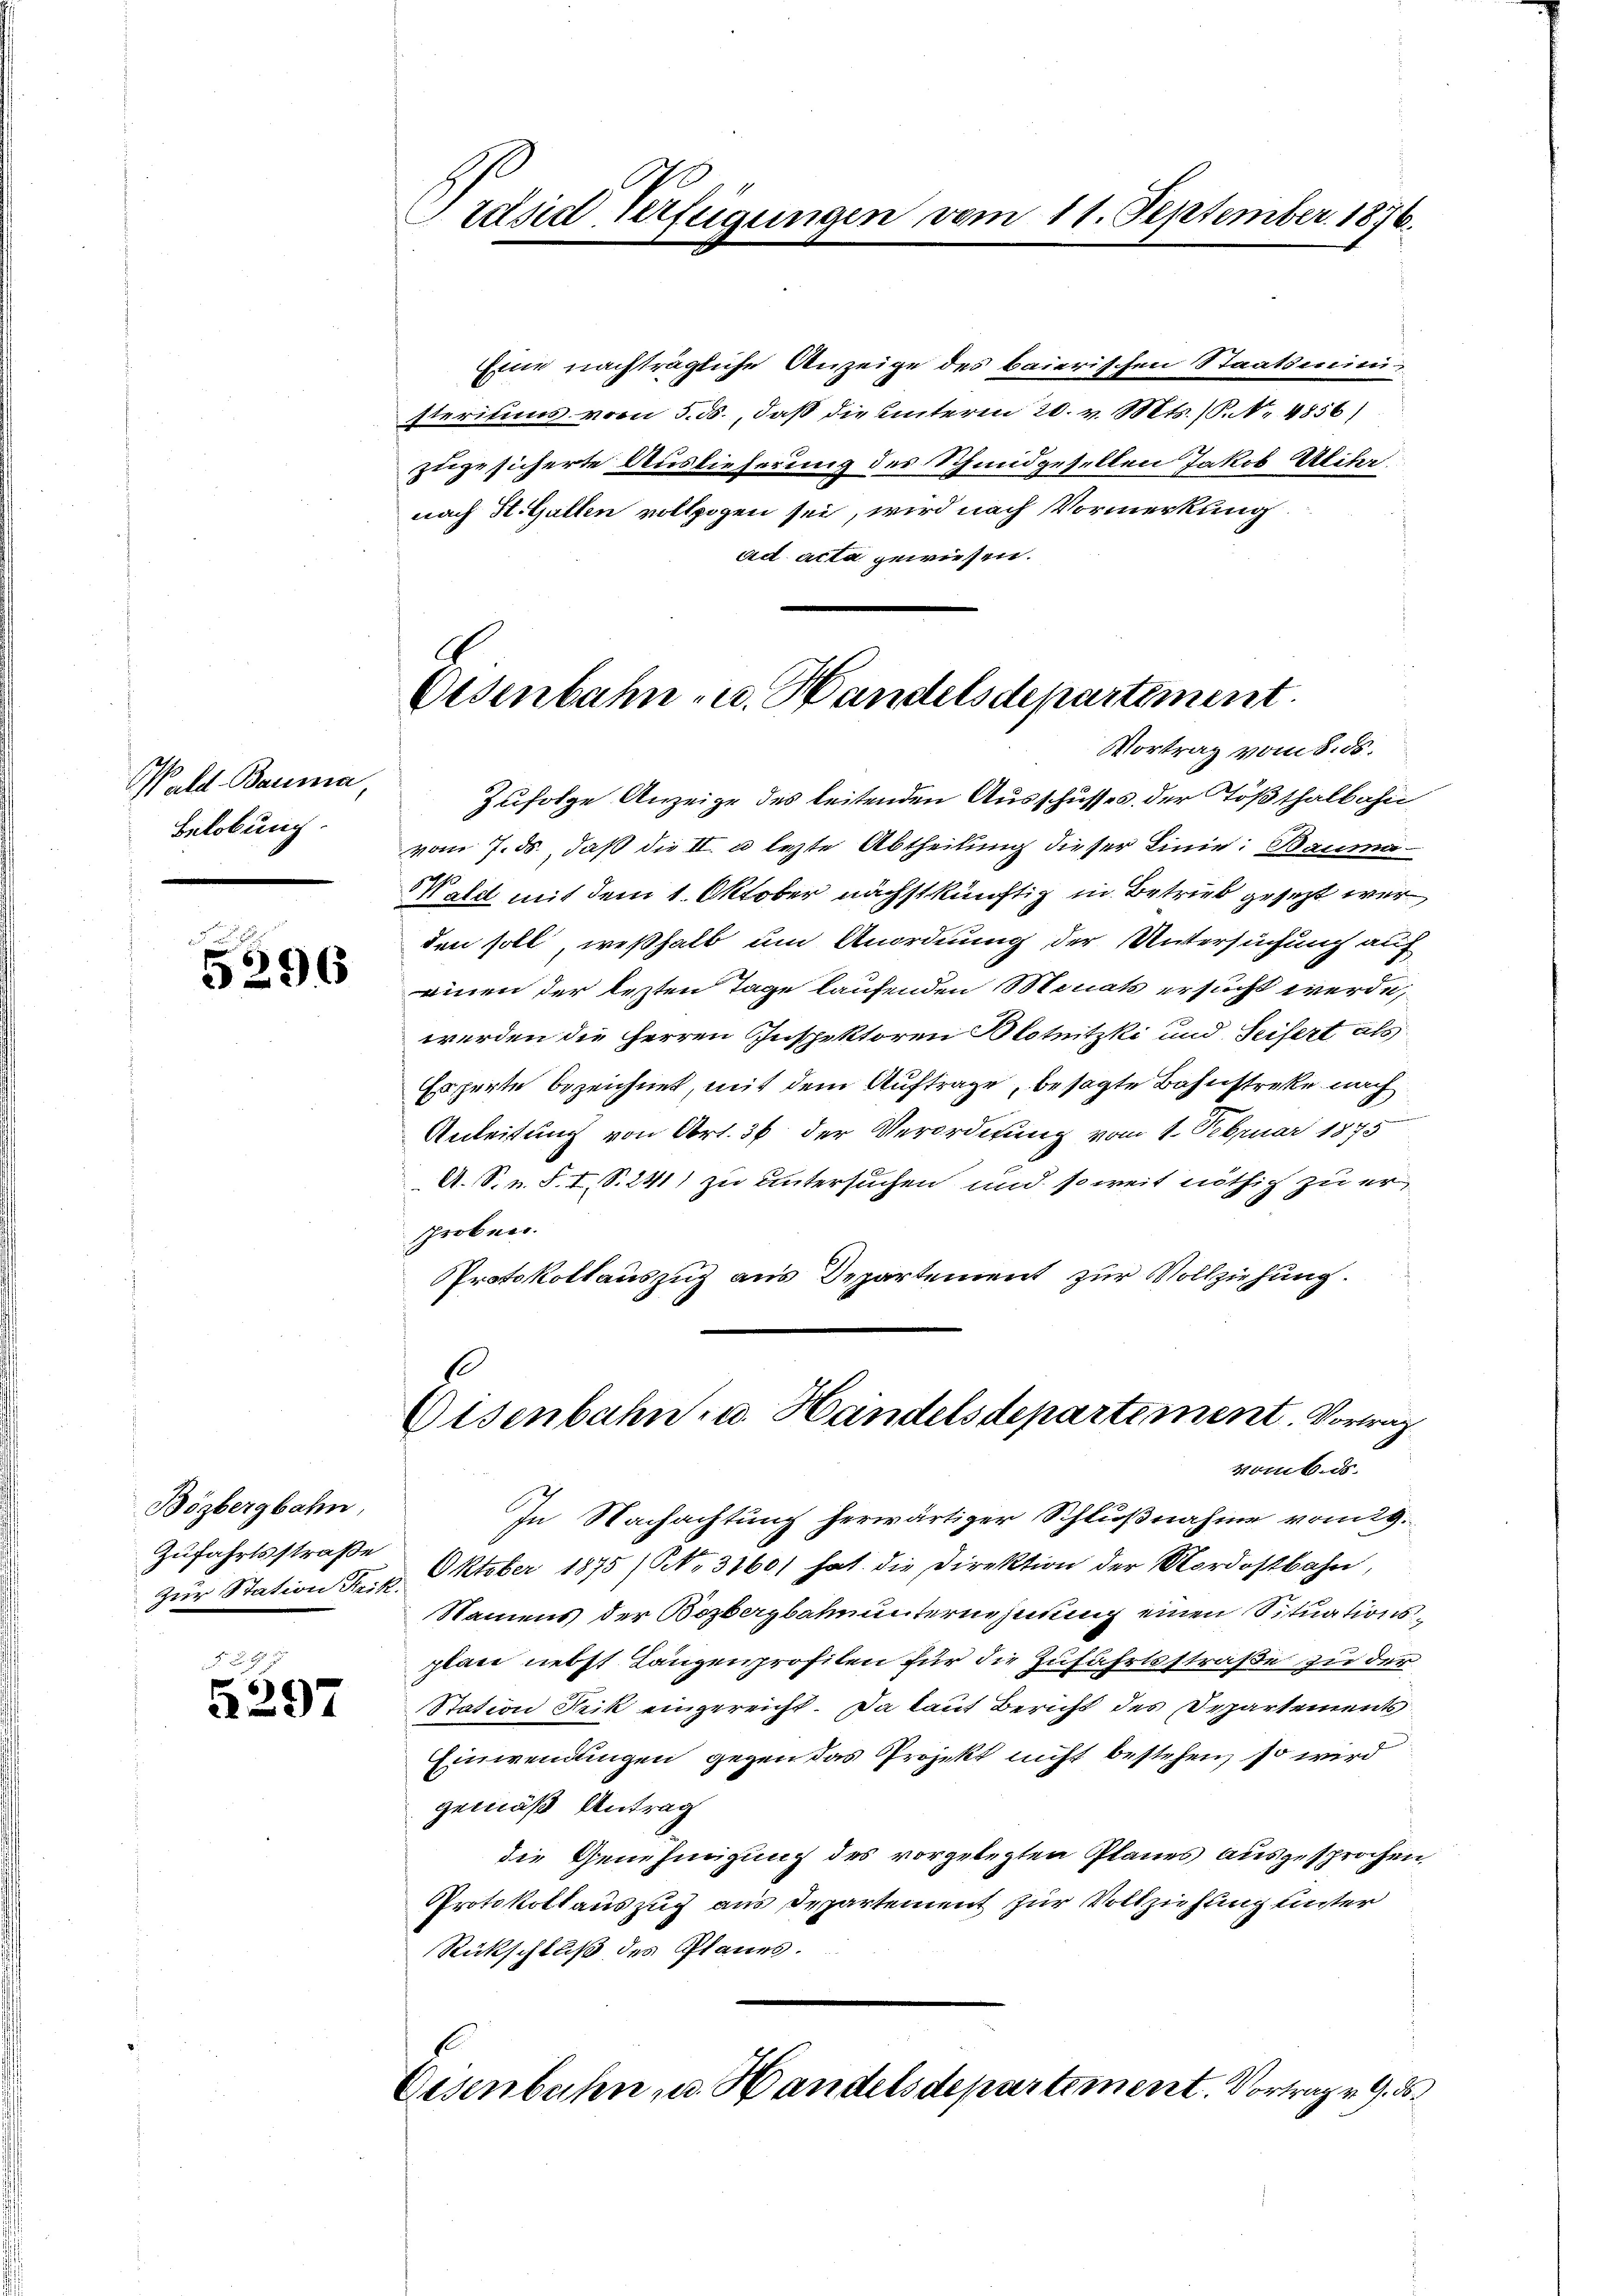
M ald Bauma,
Belobung.

3
5296

Bögbergbahn,
Zufahrtsstraße
Zur Station Strik.

F. B. G.
5297

Präsid Verfügungen vom 11. September 1876.

Eine nachträgliche Anzeige des baierischen Staatsministeritums vom 5. ds., daß die unteren 20. v. Mts. (P.N. 4856)
zugesicherte Auslieferung des Schmidgesellen Jakob Ulihr.
nach H. Gallen vollzogen sei, wird nach Vormerkung
ad acta gewiesen.

Osenbahn u. Handelsdepartement.
Vortrag vom 8. ds.

Zufolge Anzeige des leitenden Ausschusses der Tößthalbahn
vom 7. ds., daß die II. u. lezte Abtheilung dieser Linie: Bauma
Wald mit dem 1. Oktober nächstkünftig in Betrieb gesezt wer
den soll, weßhalb um Anordnung der Untersuchung auf
einen der lezten Tage laufenden Monats ersucht werde,
werden die Herren Inspektoren Blotnitzki und Seifert als
Esperte bezeichnet, mit dem Auftrage, besagte Bahnstreke nach
Anleitung von Art. 36 der Verordnung vom 1. Februar 1875
A. S. n. F. I, S. 241) zu untersuchen und soweit nöthig zu ersproben.
Protokollauszug aus Departement zur Vollziehung.
.

Eisenbahn- u. Handelsdepartement. Vortrag
vomb.ds.

In Nachachtung herwärtiger Schlußnahme vom 29.
Oktober 1875 (NNo. 31601 hat die Direktion der Nordostbahn,
Namens der Kozbergbahnunternehmung einen Situationsplan nebst Langenprofilen für die Zufahrtsstraße zu der
Station Frik eingereicht. Da laut Bericht des Departements
Einwendungen gegen das Projekt nicht bestehen, so wird
gemäß Antrag
die Genehmigung des vorgelegten Planes ausgesprochen
Protokollauszug aus Departement zur Vollziehung unter
Rückschluß des Planes.

Eisenbahn u. Handelsdepartement. Vortrag v. 9. d.